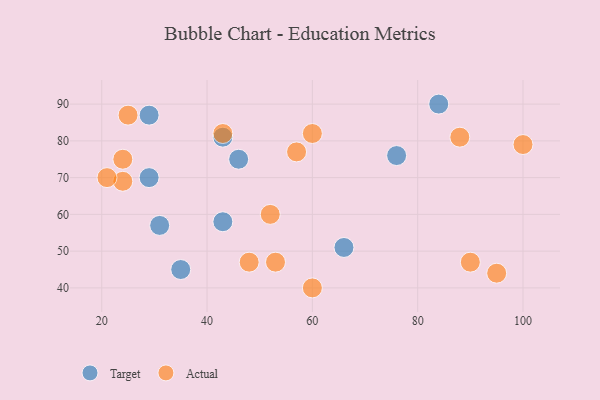
{"axis": {"x": "GDP", "y": "Life Expectancy"}, "legend": ["Actual", "Target"], "data": [{"x": "43", "y": 58, "type": "Target"}, {"x": "29", "y": 87, "type": "Target"}, {"x": "43", "y": 81, "type": "Target"}, {"x": "66", "y": 51, "type": "Target"}, {"x": "46", "y": 75, "type": "Target"}, {"x": "76", "y": 76, "type": "Target"}, {"x": "31", "y": 57, "type": "Target"}, {"x": "29", "y": 70, "type": "Target"}, {"x": "35", "y": 45, "type": "Target"}, {"x": "84", "y": 90, "type": "Target"}, {"x": "52", "y": 60, "type": "Actual"}, {"x": "53", "y": 47, "type": "Actual"}, {"x": "24", "y": 69, "type": "Actual"}, {"x": "24", "y": 75, "type": "Actual"}, {"x": "100", "y": 79, "type": "Actual"}, {"x": "48", "y": 47, "type": "Actual"}, {"x": "95", "y": 44, "type": "Actual"}, {"x": "57", "y": 77, "type": "Actual"}, {"x": "90", "y": 47, "type": "Actual"}, {"x": "43", "y": 82, "type": "Actual"}, {"x": "88", "y": 81, "type": "Actual"}, {"x": "21", "y": 70, "type": "Actual"}, {"x": "60", "y": 82, "type": "Actual"}, {"x": "25", "y": 87, "type": "Actual"}, {"x": "60", "y": 40, "type": "Actual"}]}